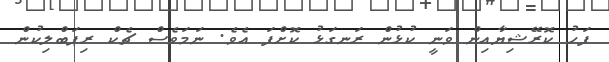
ފަހު ކޮރޭޝިޔާއިން ވަނީ ކުޅުން ރަނގަޅު ކޮށްފަ އެވެ. ނަމަވެސް ޗެކް ރިޕަބްލިކުން